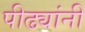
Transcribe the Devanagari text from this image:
पीढ्यांनी